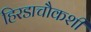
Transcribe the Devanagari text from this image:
हिरडाचौकशी